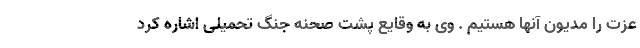
عزت را مدیون آنها هستیم . وی به وقایع پشت صحنه جنگ تحمیلی اشاره کرد